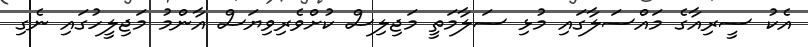
އެކު ސީރިއާގެ މައްސަލާގައި މުޅި ސަލާމަތީ މަޖިލިސް ކުށްވެރިވިޔަސް އާންމު މަޖިލީހުގައި ނެގި